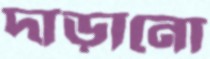
দাড়ানো